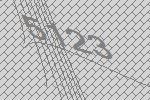
5123